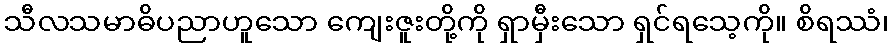
သီလသမာဓိပညာဟူသော ကျေးဇူးတို့ကို ရှာမှီးသော ရှင်ရသေ့ကို။ စိရဿံ၊